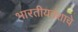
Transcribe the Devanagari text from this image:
भारतीयवंशाचे